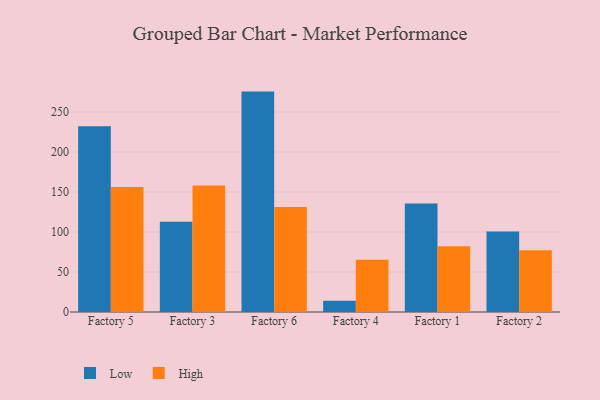
{"axis": {"x": "Factory", "y": "Latency (ms)"}, "legend": ["High", "Low"], "data": [{"x": "Factory 5", "y": 232.1, "type": "Low"}, {"x": "Factory 5", "y": 156.3, "type": "High"}, {"x": "Factory 3", "y": 112.7, "type": "Low"}, {"x": "Factory 3", "y": 158.1, "type": "High"}, {"x": "Factory 6", "y": 275.5, "type": "Low"}, {"x": "Factory 6", "y": 131.1, "type": "High"}, {"x": "Factory 4", "y": 14.1, "type": "Low"}, {"x": "Factory 4", "y": 65.3, "type": "High"}, {"x": "Factory 1", "y": 135.5, "type": "Low"}, {"x": "Factory 1", "y": 82.1, "type": "High"}, {"x": "Factory 2", "y": 100.6, "type": "Low"}, {"x": "Factory 2", "y": 77.1, "type": "High"}]}